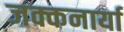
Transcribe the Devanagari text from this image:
जक्कनार्या